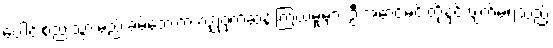
ပေါင်းစည်းသွားမည် ခမ်ဘေးက လျှို့ဝှက်ဆန်းကြယ်မှုများ ဦးအောင်မင်းတို့နှင့် ဖျက်မရသည့်